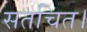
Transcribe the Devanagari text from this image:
सतचित।